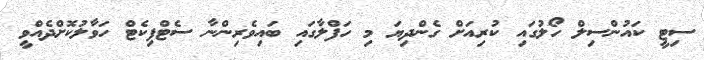
ސިޓީ ކައުންސިލް ހޯލުގައި ކުރިއަށް ގެންދިޔަ މި ހަފްލާގައި ބައިވެރިންނާ ސެޓްފިކެޓް ހަވާލުކޮށްދެއްވީ